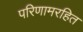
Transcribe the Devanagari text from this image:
परिणामरहित